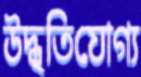
উদ্ধৃতিযোগ্য